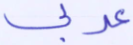
عربي